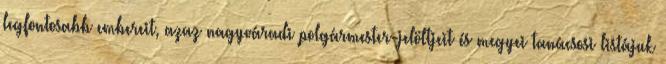
legfontosabb embereit, azaz nagyváradi polgármester-jelöltjeit és megyei tanácsosi listájuk